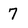
Character: 7